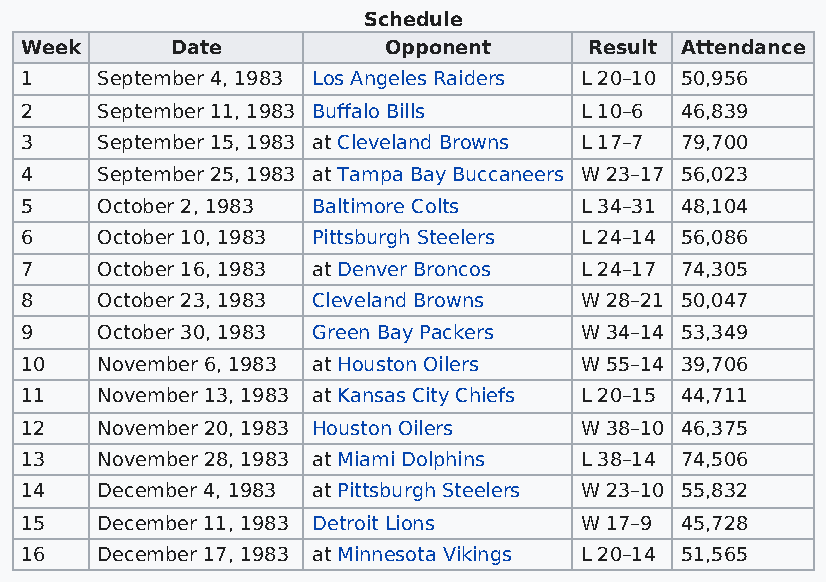
Schedule
 Week      Date          Opponent      Result Attendance
 1    September 4, 1983 Los Angeles Raiders L 20–10 50,956
 2    September 11, 1983 Buffalo Bills L 10–6 46,839
 3    September 15, 1983 at Cleveland Browns L 17–7 79,700
 4    September 25, 1983 at Tampa Bay Buccaneers W 23–17 56,023
 5    October 2, 1983 Baltimore Colts L 34–31 48,104
 6    October 10, 1983 Pittsburgh Steelers L 24–14 56,086
 7    October 16, 1983 at Denver Broncos L 24–17 74,305
 8    October 23, 1983 Cleveland Browns W 28–21 50,047
 9    October 30, 1983 Green Bay Packers W 34–14 53,349
 10   November 6, 1983 at Houston Oilers W 55–14 39,706
 11   November 13, 1983 at Kansas City Chiefs L 20–15 44,711
 12   November 20, 1983 Houston Oilers W 38–10 46,375
 13   November 28, 1983 at Miami Dolphins L 38–14 74,506
 14   December 4, 1983 at Pittsburgh Steelers W 23–10 55,832
 15   December 11, 1983 Detroit Lions W 17–9 45,728
 16   December 17, 1983 at Minnesota Vikings L 20–14 51,565